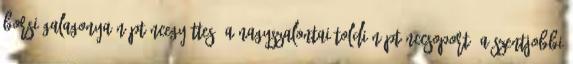
borsi Galagonya Néptáncegyüttes, a nagyszalontai Toldi Néptánccsoport, a szentjobbi